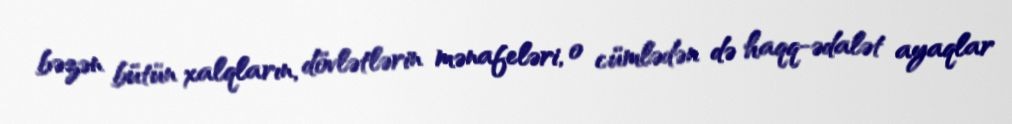
bəzən bütün xalqların, dövlətlərin mənafeləri, o cümlədən də haqq-ədalət ayaqlar